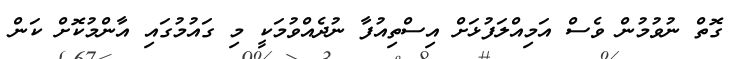
ގޮތް ނުވުމުން ވެސް އަމިއްލަފުޅަށް އިސްތިއުފާ ނުދެއްވުމަކީ މި ގައުމުގައި އާންމުކޮށް ކަން